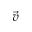
\vec { v }